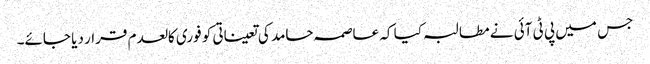
جس میں پی ٹی آئی نے مطالبہ کیا کہ عاصمہ حامد کی تعیناتی کو فوری کالعدم قرار دیا جائے۔